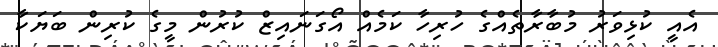
އެއީ ކުޅިވަރު މުބާރާތެއްގެ ހުރިހާ ކަމެއް އޯގަނައިޒް ކުރުން މީގެ ކުރިން ބަޔަކާ